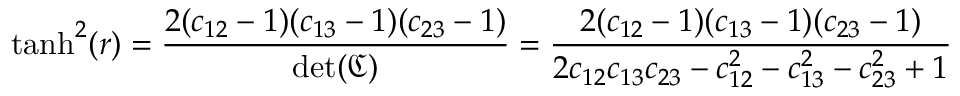
\displaystyle \operatorname { t a n h } ^ { 2 } ( r ) = \frac { 2 ( c _ { 1 2 } - 1 ) ( c _ { 1 3 } - 1 ) ( c _ { 2 3 } - 1 ) } { \operatorname* { d e t } ( \mathfrak { C } ) } = \frac { 2 ( c _ { 1 2 } - 1 ) ( c _ { 1 3 } - 1 ) ( c _ { 2 3 } - 1 ) } { 2 c _ { 1 2 } c _ { 1 3 } c _ { 2 3 } - c _ { 1 2 } ^ { 2 } - c _ { 1 3 } ^ { 2 } - c _ { 2 3 } ^ { 2 } + 1 }